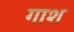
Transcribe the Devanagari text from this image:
गाश